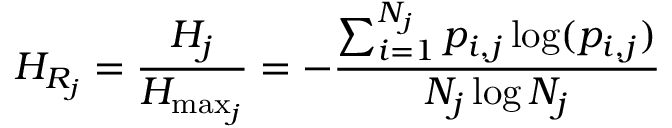
H _ { R _ { j } } = \frac { H _ { j } } { H _ { \operatorname* { m a x } _ { j } } } = - \frac { \sum _ { i = 1 } ^ { N _ { j } } p _ { i , j } \log ( p _ { i , j } ) } { N _ { j } \log N _ { j } }